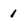
Character: 1